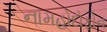
નામહોદોફોન